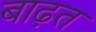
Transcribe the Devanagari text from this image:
बाढ़त